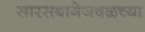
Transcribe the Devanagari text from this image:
सारसबागेजवळच्या